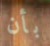
بأن